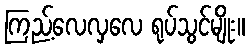
ကြည့်လေလှလေ ရုပ်သွင်မျိုး။